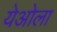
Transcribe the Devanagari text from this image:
येओला